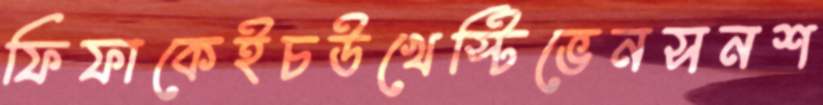
ফিফাকেইচউখেস্টিভেনসনশ